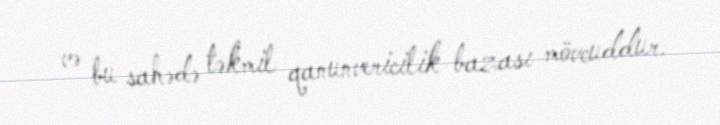
və bu sahədə təkmil qanunvericilik bazası mövcuddur.